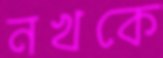
নখকে